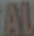
AL